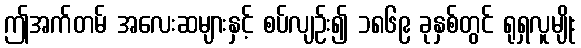
ဤအက်တမ် အလေးဆများနှင့် စပ်လျဉ်း၍ ၁၈၆၉ ခုနှစ်တွင် ရုရှလူမျိုး